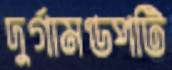
দুর্গামণ্ডপটি